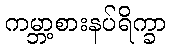
ကမ္ဘာ့စားနပ်ရိက္ခာ